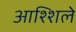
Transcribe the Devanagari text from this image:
आश्शिले